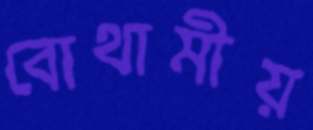
বোথামীয়